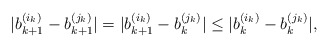
\begin{align*}|b_{k + 1}^{(i_k)} - b_{k + 1}^{(j_k)}| = |b_{k + 1}^{(i_k)} - b_k^{(j_k)}| \leq |b_k^{(i_k)} - b_k^{(j_k)}|,\end{align*}